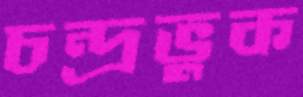
চন্দ্রভুক